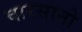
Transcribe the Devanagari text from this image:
वारसानो